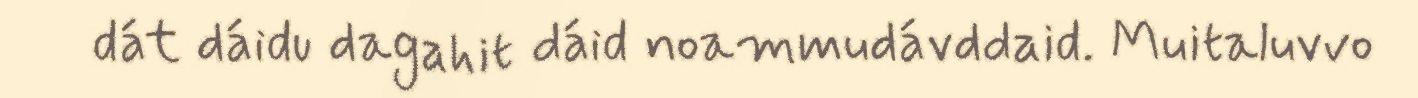
dát dáidu dagahit dáid noammudávddaid. Muitaluvvo